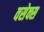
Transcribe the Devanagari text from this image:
वसेक्स